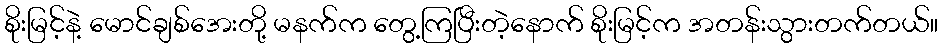
စိုးမြင့်နဲ့ မောင်ချစ်အေးတို့ မနက်က တွေ့ကြပြီးတဲ့နောက် စိုးမြင့်က အတန်းသွားတက်တယ်။